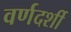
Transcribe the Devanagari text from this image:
वर्णदर्शी